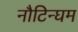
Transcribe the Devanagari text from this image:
नौटिन्घम